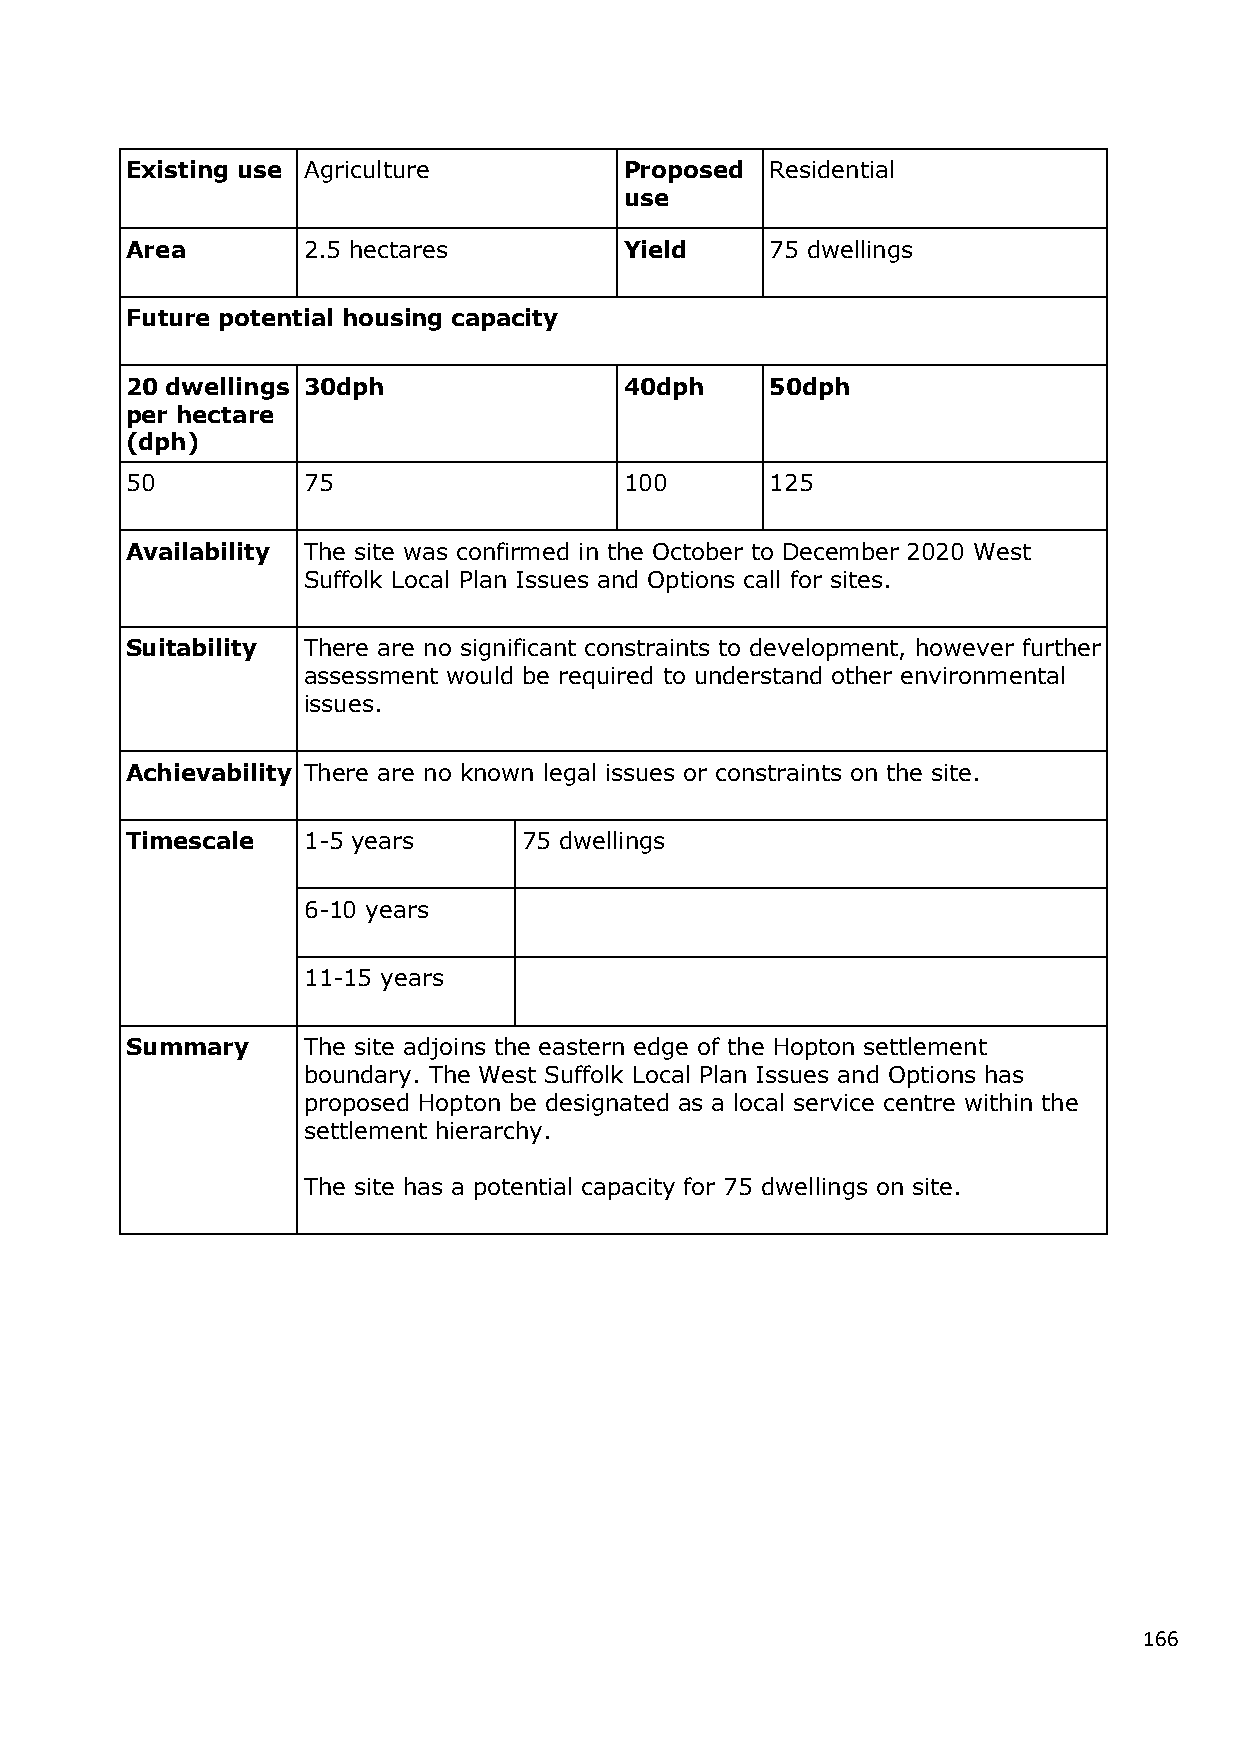
Existing use Agriculture         Proposed  Residential
 use
 Area        2.5 hectares         Yield     75 dwellings
 Future potential housing capacity
 20 dwellings 30dph               40dph     50dph
 per hectare
 (dph)
 50          75                   100       125
 Availability The site was confirmed in the October to December 2020 West
 Suffolk Local Plan Issues and Options call for sites.
 Suitability There are no significant constraints to development, however further
 assessment would be required to understand other environmental
 issues.
 Achievability There are no known legal issues or constraints on the site.
 Timescale   1-5 years      75 dwellings
 6-10 years
 11-15 years
 Summary     The site adjoins the eastern edge of the Hopton settlement
 boundary. The West Suffolk Local Plan Issues and Options has
 proposed Hopton be designated as a local service centre within the
 settlement hierarchy.
 The site has a potential capacity for 75 dwellings on site.
 166